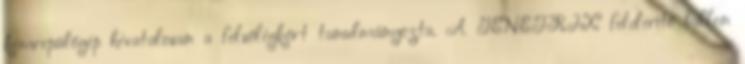
kémrepülőgép hivatalosan a felsőlégkört tanulmányozta. A GENETRIX felderítő ballon